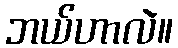
ဘယ်ဟာလဲ။